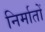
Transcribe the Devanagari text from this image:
निर्मातों